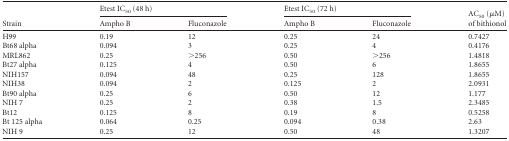
<table><thead><tr><td rowspan="2"><b>Strain</b></td><td colspan="2"><b>Etest IC<sub>50</sub> (48 h)</b></td><td colspan="2"><b>Etest IC<sub>50</sub> (72 h)</b></td><td rowspan="2"><b>AC<sub>50</sub> (μM)of bithionol</b></td></tr><tr><td><b>Ampho B</b></td><td><b>Fluconazole</b></td><td><b>Ampho B</b></td><td><b>Fluconazole</b></td></tr></thead><tbody><tr><td>H99</td><td>0.19</td><td>12</td><td>0.25</td><td>24</td><td>0.7427</td></tr><tr><td>Bt68 alpha</td><td>0.094</td><td>3</td><td>0.25</td><td>4</td><td>0.4176</td></tr><tr><td>MRL862</td><td>0.25</td><td>&gt;256</td><td>0.50</td><td>&gt;256</td><td>1.4818</td></tr><tr><td>Bt27 alpha</td><td>0.125</td><td>4</td><td>0.50</td><td>6</td><td>1.8655</td></tr><tr><td>NIH157</td><td>0.094</td><td>48</td><td>0.25</td><td>128</td><td>1.8655</td></tr><tr><td>NIH38</td><td>0.094</td><td>2</td><td>0.125</td><td>2</td><td>2.0931</td></tr><tr><td>Bt90 alpha</td><td>0.25</td><td>6</td><td>0.50</td><td>12</td><td>1.177</td></tr><tr><td>NIH 7</td><td>0.25</td><td>2</td><td>0.38</td><td>1.5</td><td>2.3485</td></tr><tr><td>Bt12</td><td>0.125</td><td>8</td><td>0.19</td><td>8</td><td>0.5258</td></tr><tr><td>Bt 125 alpha</td><td>0.064</td><td>0.25</td><td>0.094</td><td>0.38</td><td>2.63</td></tr><tr><td>NIH 9</td><td>0.25</td><td>12</td><td>0.50</td><td>48</td><td>1.3207</td></tr></tbody></table>